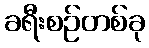
ခရီးစဉ်တစ်ခု